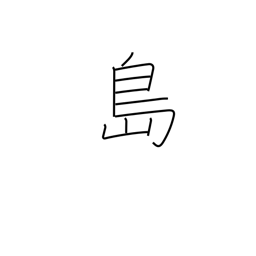
Meaning: island